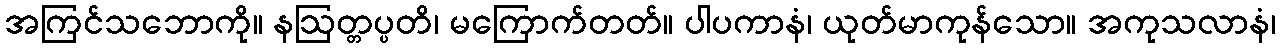
အကြင်သဘောကို။ နဩတ္တပ္ပတိ၊ မကြောက်တတ်။ ပါပကာနံ၊ ယုတ်မာကုန်သော။ အကုသလာနံ၊